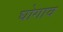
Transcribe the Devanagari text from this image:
घोगाव